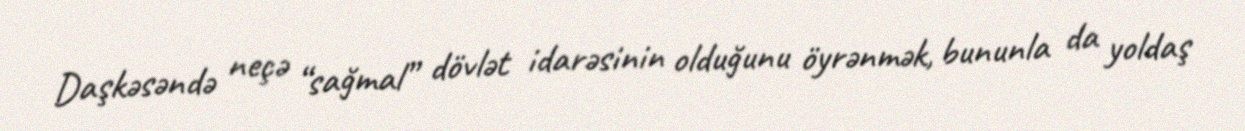
Daşkəsəndə neçə “sağmal” dövlət idarəsinin olduğunu öyrənmək, bununla da yoldaş